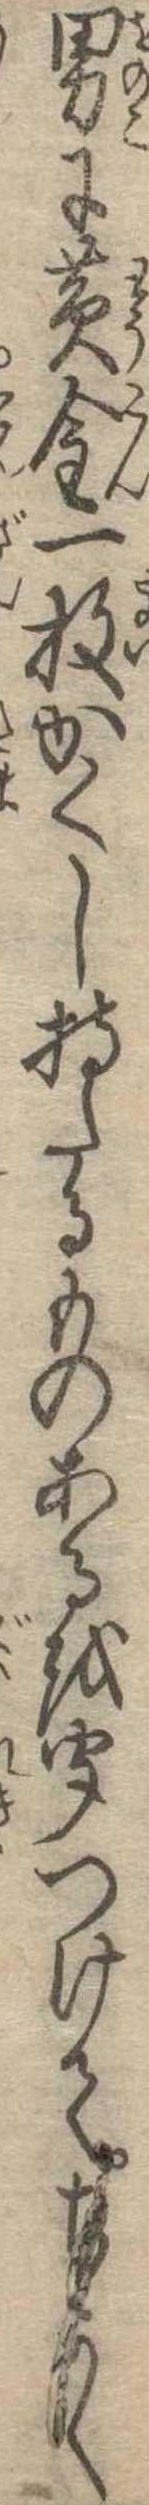
男に黄金一枚かくし持たるものあるを聞つけてちかく